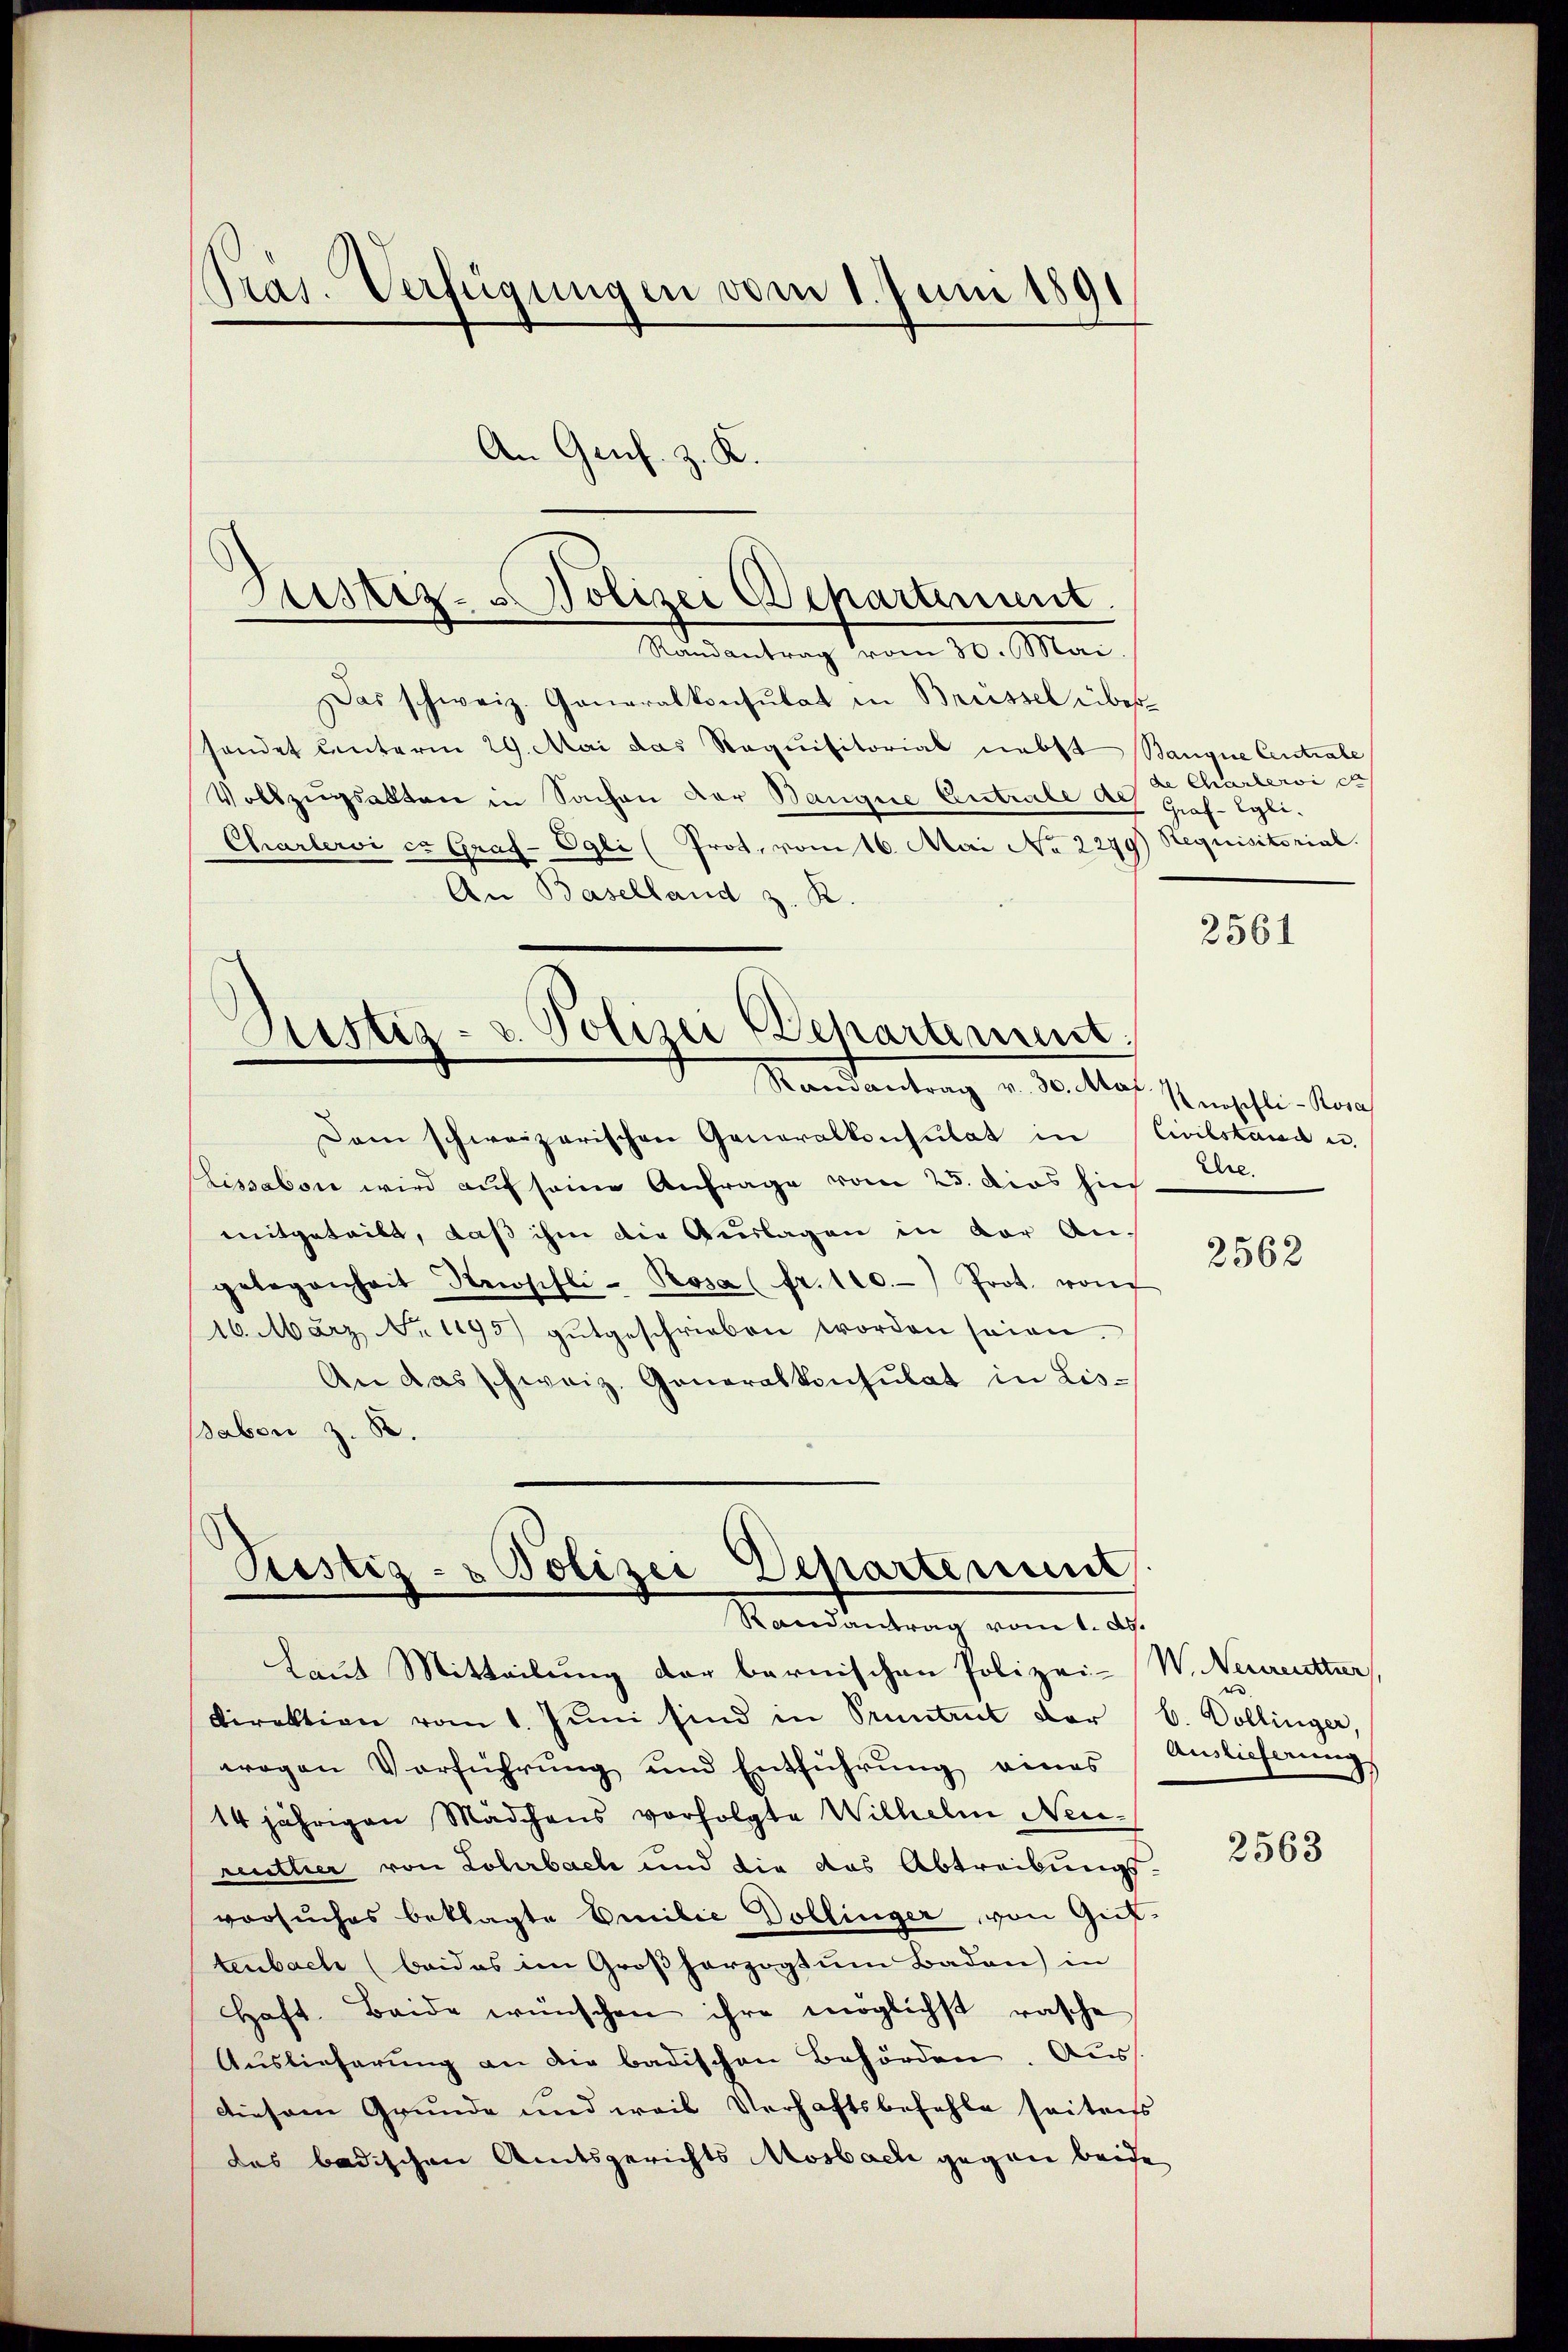
Pras. Verfügungen vom 1. Juni 1891
An Genf. z. K

Justiz-Polizei Departement.
Masantrag vom 10. Man

Das schweiz. Generalkonsulat in Brüssel übersendet unterm 29. Mai das Requisitorial nebst Baugue Centrale
Vollzŭgsalten in Sachen der Bangne Antrale Ach Graf- Egli.
Charlervi ca Graf- Egli (Prot. vom 16. Mai No 2279) Requisitorial.
An Baselland z. K.

Justiz- u. Polizei Departement:
Randantrag v. 30. Mai.

Dam schweizerischen Generalkonsulat in Civilstand u.
Sissabonn wird auf seine Anfrage vom 25. dies hie
mitgeteilt, daß ihm die Auslagen in der An-
gelegenheit Newosifli- Prosa (fr. 100.-) Prot. von
16. März No 1195) gŭtgeschrieben worden seien.
An das schweiz. Generalkonsulat in Lis¬
Saben z. B.

Pustiz- & Polizei Departenunt
Randantrag vom 1. d.
Laut Mitteilung der bernischen Polizei-W. Neureutter,

Direktion vom 1. Jŭni sind in Pruntrut der b. Dollinger,
wogen Verführung und Entführŭng eines
14 jährigen Mädchens vorfolgte Wilhelm Neumuthier von Lohrbach und die das Abtreibungs-
vorsuches beklagte Emilie Dollinger, von Guttenbach (beides im Großherzogtum Baden) in
Haft. Beide wünschen ihre möglichst rasche
Auslieferung an die badischen Behörden. Aus
diesem Grunde und weil Verhaftsbefehle seitens
das badischen Amtsgerichts Mosbach gegen beide

de Charlervi ca

2561

Knopfli-Rosa
Ehre.

2562

Auslieferung

2563